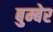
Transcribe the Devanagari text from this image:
बुम्बेर